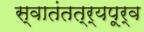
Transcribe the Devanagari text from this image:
स्वातंतत्र्यपूर्व